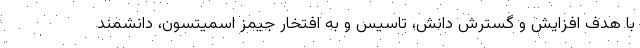
با هدف افزایش و گسترش دانش، تاسیس و به افتخار جیمز اسمیتسون، دانشمند